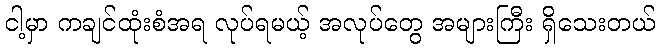
ငါ့မှာ ကချင်ထုံးစံအရ လုပ်ရမယ့် အလုပ်တွေ အများကြီး ရှိသေးတယ်